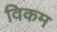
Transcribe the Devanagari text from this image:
विकम